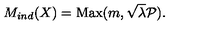
M _ { i n d } ( X ) = \mathrm { M a x } ( m , \sqrt { \lambda } { \cal P } ) .